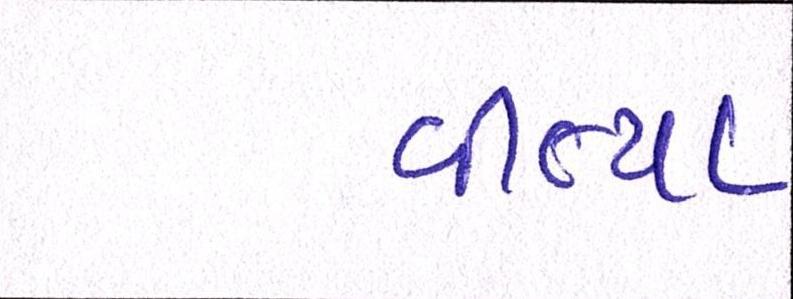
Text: વીત્યા